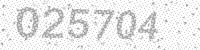
Solution: 025704